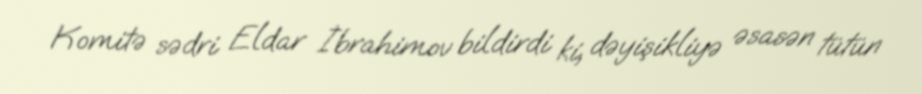
Komitə sədri Eldar İbrahimov bildirdi ki, dəyişikliyə əsasən tütün